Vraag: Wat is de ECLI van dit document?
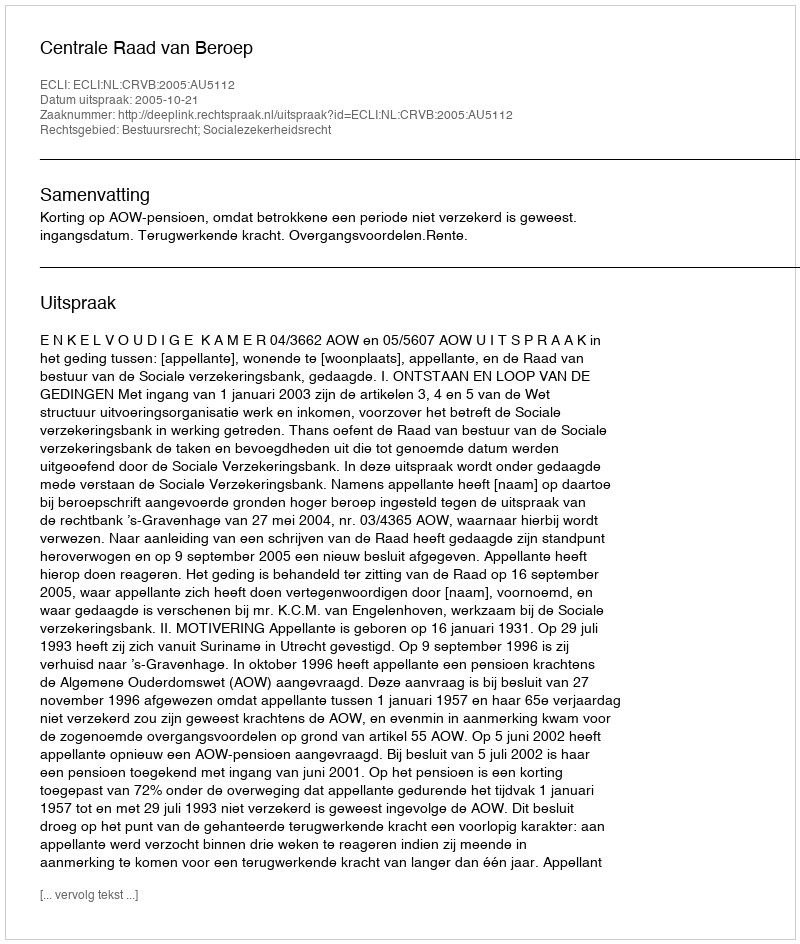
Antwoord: ECLI:NL:CRVB:2005:AU5112